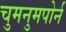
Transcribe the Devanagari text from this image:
चुमनुमपोर्न